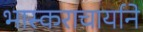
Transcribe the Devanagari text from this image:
भास्कराचार्याने